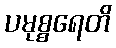
ပမုစ္စရေတိ